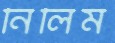
নিলিম